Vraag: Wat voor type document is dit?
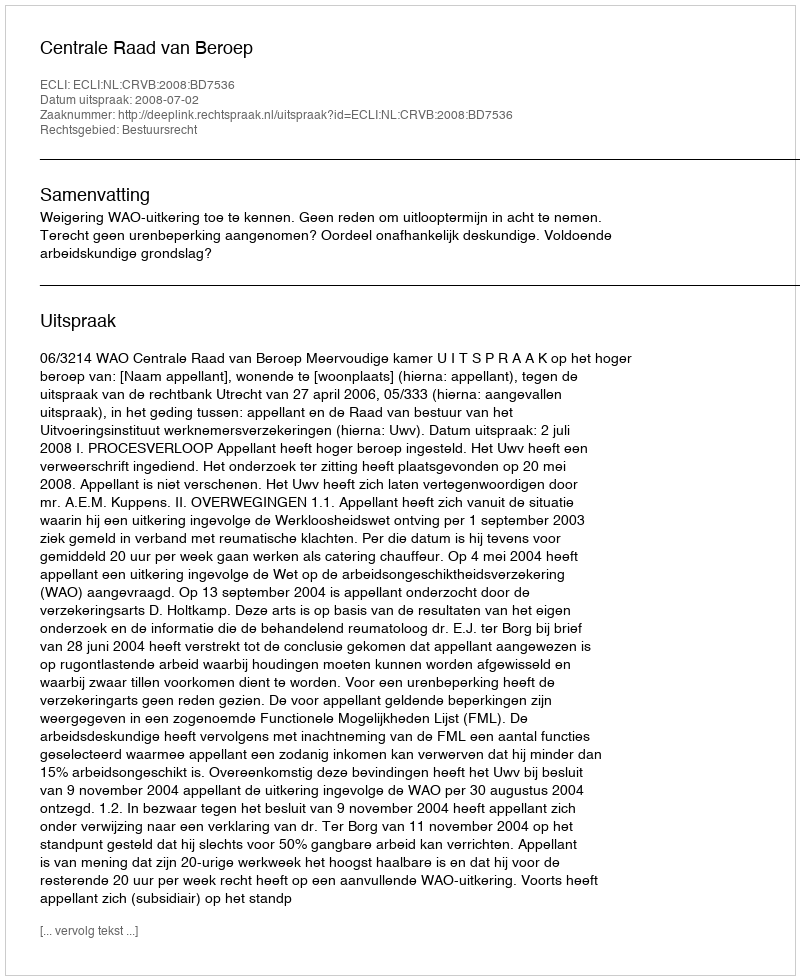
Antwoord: Uitspraak